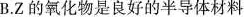
B.Z的氧化物是良好的半导体材料